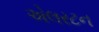
એલરટન